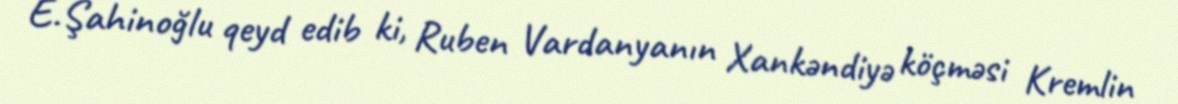
E.Şahinoğlu qeyd edib ki, Ruben Vardanyanın Xankəndiyə köçməsi Kremlin